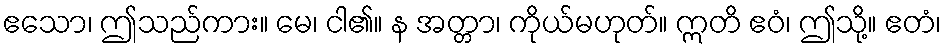
ဧသော၊ ဤသည်ကား။ မေ၊ ငါ၏။ န အတ္တာ၊ ကိုယ်မဟုတ်။ ဣတိ ဧဝံ၊ ဤသို့။ ဧတံ၊